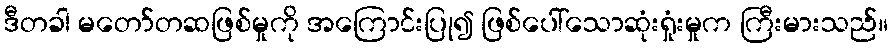
ဒီတခါ မတော်တဆဖြစ်မှုကို အကြောင်းပြု၍ ဖြစ်ပေါ်သောဆုံးရှုံးမှုက ကြီးမားသည်။